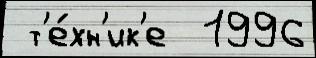
 т'е́хн'ик'е  1996